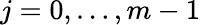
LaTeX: j=0,\dots,m-1